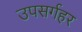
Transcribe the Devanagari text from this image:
उपसर्गहर